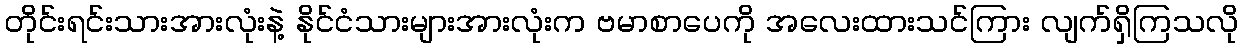
တိုင်းရင်းသားအားလုံးနဲ့ နိုင်ငံသားများအားလုံးက ဗမာစာပေကို အလေးထားသင်ကြား လျက်ရှိကြသလို